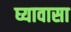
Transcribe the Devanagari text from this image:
घ्यावासा